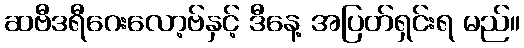
ဆဗီဒရီဂေးလော့ဗ်နှင့် ဒီနေ့ အပြတ်ရှင်းရ မည်။